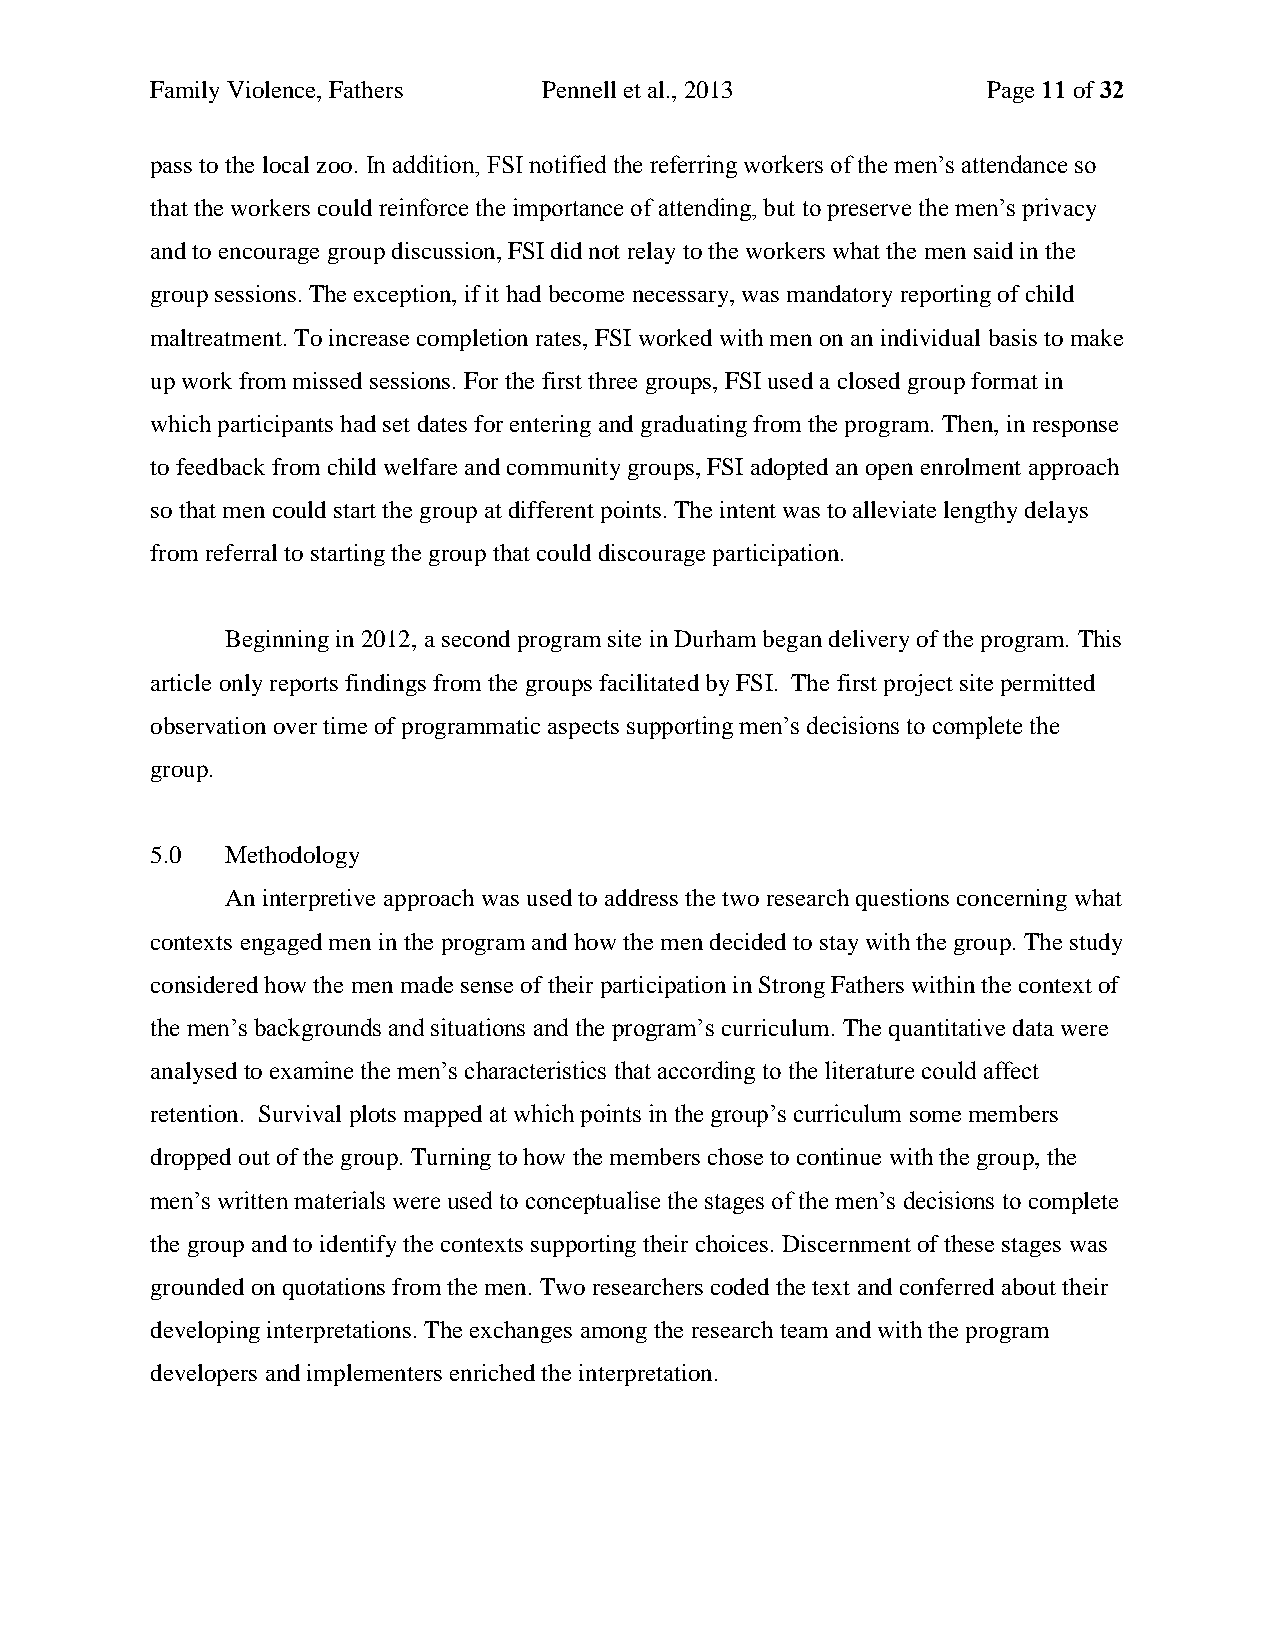
Family Violence, Fathers  Pennell et al., 2013         Page 11 of 32
 pass to the local zoo. In addition, FSI notified the referring workers of the men’s attendance so
 that the workers could reinforce the importance of attending, but to preserve the men’s privacy
 and to encourage group discussion, FSI did not relay to the workers what the men said in the
 group sessions. The exception, if it had become necessary, was mandatory reporting of child
 maltreatment. To increase completion rates, FSI worked with men on an individual basis to make
 up work from missed sessions. For the first three groups, FSI used a closed group format in
 which participants had set dates for entering and graduating from the program. Then, in response
 to feedback from child welfare and community groups, FSI adopted an open enrolment approach
 so that men could start the group at different points. The intent was to alleviate lengthy delays
 from referral to starting the group that could discourage participation.
 Beginning in 2012, a second program site in Durham began delivery of the program. This
 article only reports findings from the groups facilitated by FSI. The first project site permitted
 observation over time of programmatic aspects supporting men’s decisions to complete the
 group.
 5.0  Methodology
 An interpretive approach was used to address the two research questions concerning what
 contexts engaged men in the program and how the men decided to stay with the group. The study
 considered how the men made sense of their participation in Strong Fathers within the context of
 the men’s backgrounds and situations and the program’s curriculum. The quantitative data were
 analysed to examine the men’s characteristics that according to the literature could affect
 retention. Survival plots mapped at which points in the group’s curriculum some members
 dropped out of the group. Turning to how the members chose to continue with the group, the
 men’s written materials were used to conceptualise the stages of the men’s decisions to complete
 the group and to identify the contexts supporting their choices. Discernment of these stages was
 grounded on quotations from the men. Two researchers coded the text and conferred about their
 developing interpretations. The exchanges among the research team and with the program
 developers and implementers enriched the interpretation.